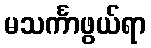
မသင်္ကာဖွယ်ရာ